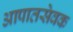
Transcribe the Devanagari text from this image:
आपातसेवक